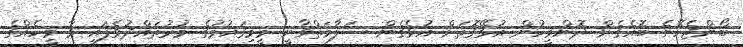
ބޯންޖެހޭނެ ބޮއެގެން ދޮންމީހުން އުޅޭގޮތަށް އުޅެގެން ސަލާމަތްވާނީ މީމިގައުމުގެ މުރުތައްދުވެފައި ވާ މީހެއްގެ